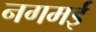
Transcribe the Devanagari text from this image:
नगमई